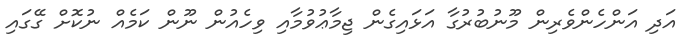
އަދި އަންހެންވެރިން މޫނުބުރުގާ އަޅައިގެން ޖިމާޢުވުމާއި ވިހެއުން ނޫން ކަމެއް ނުކޮށް ގޭގައި